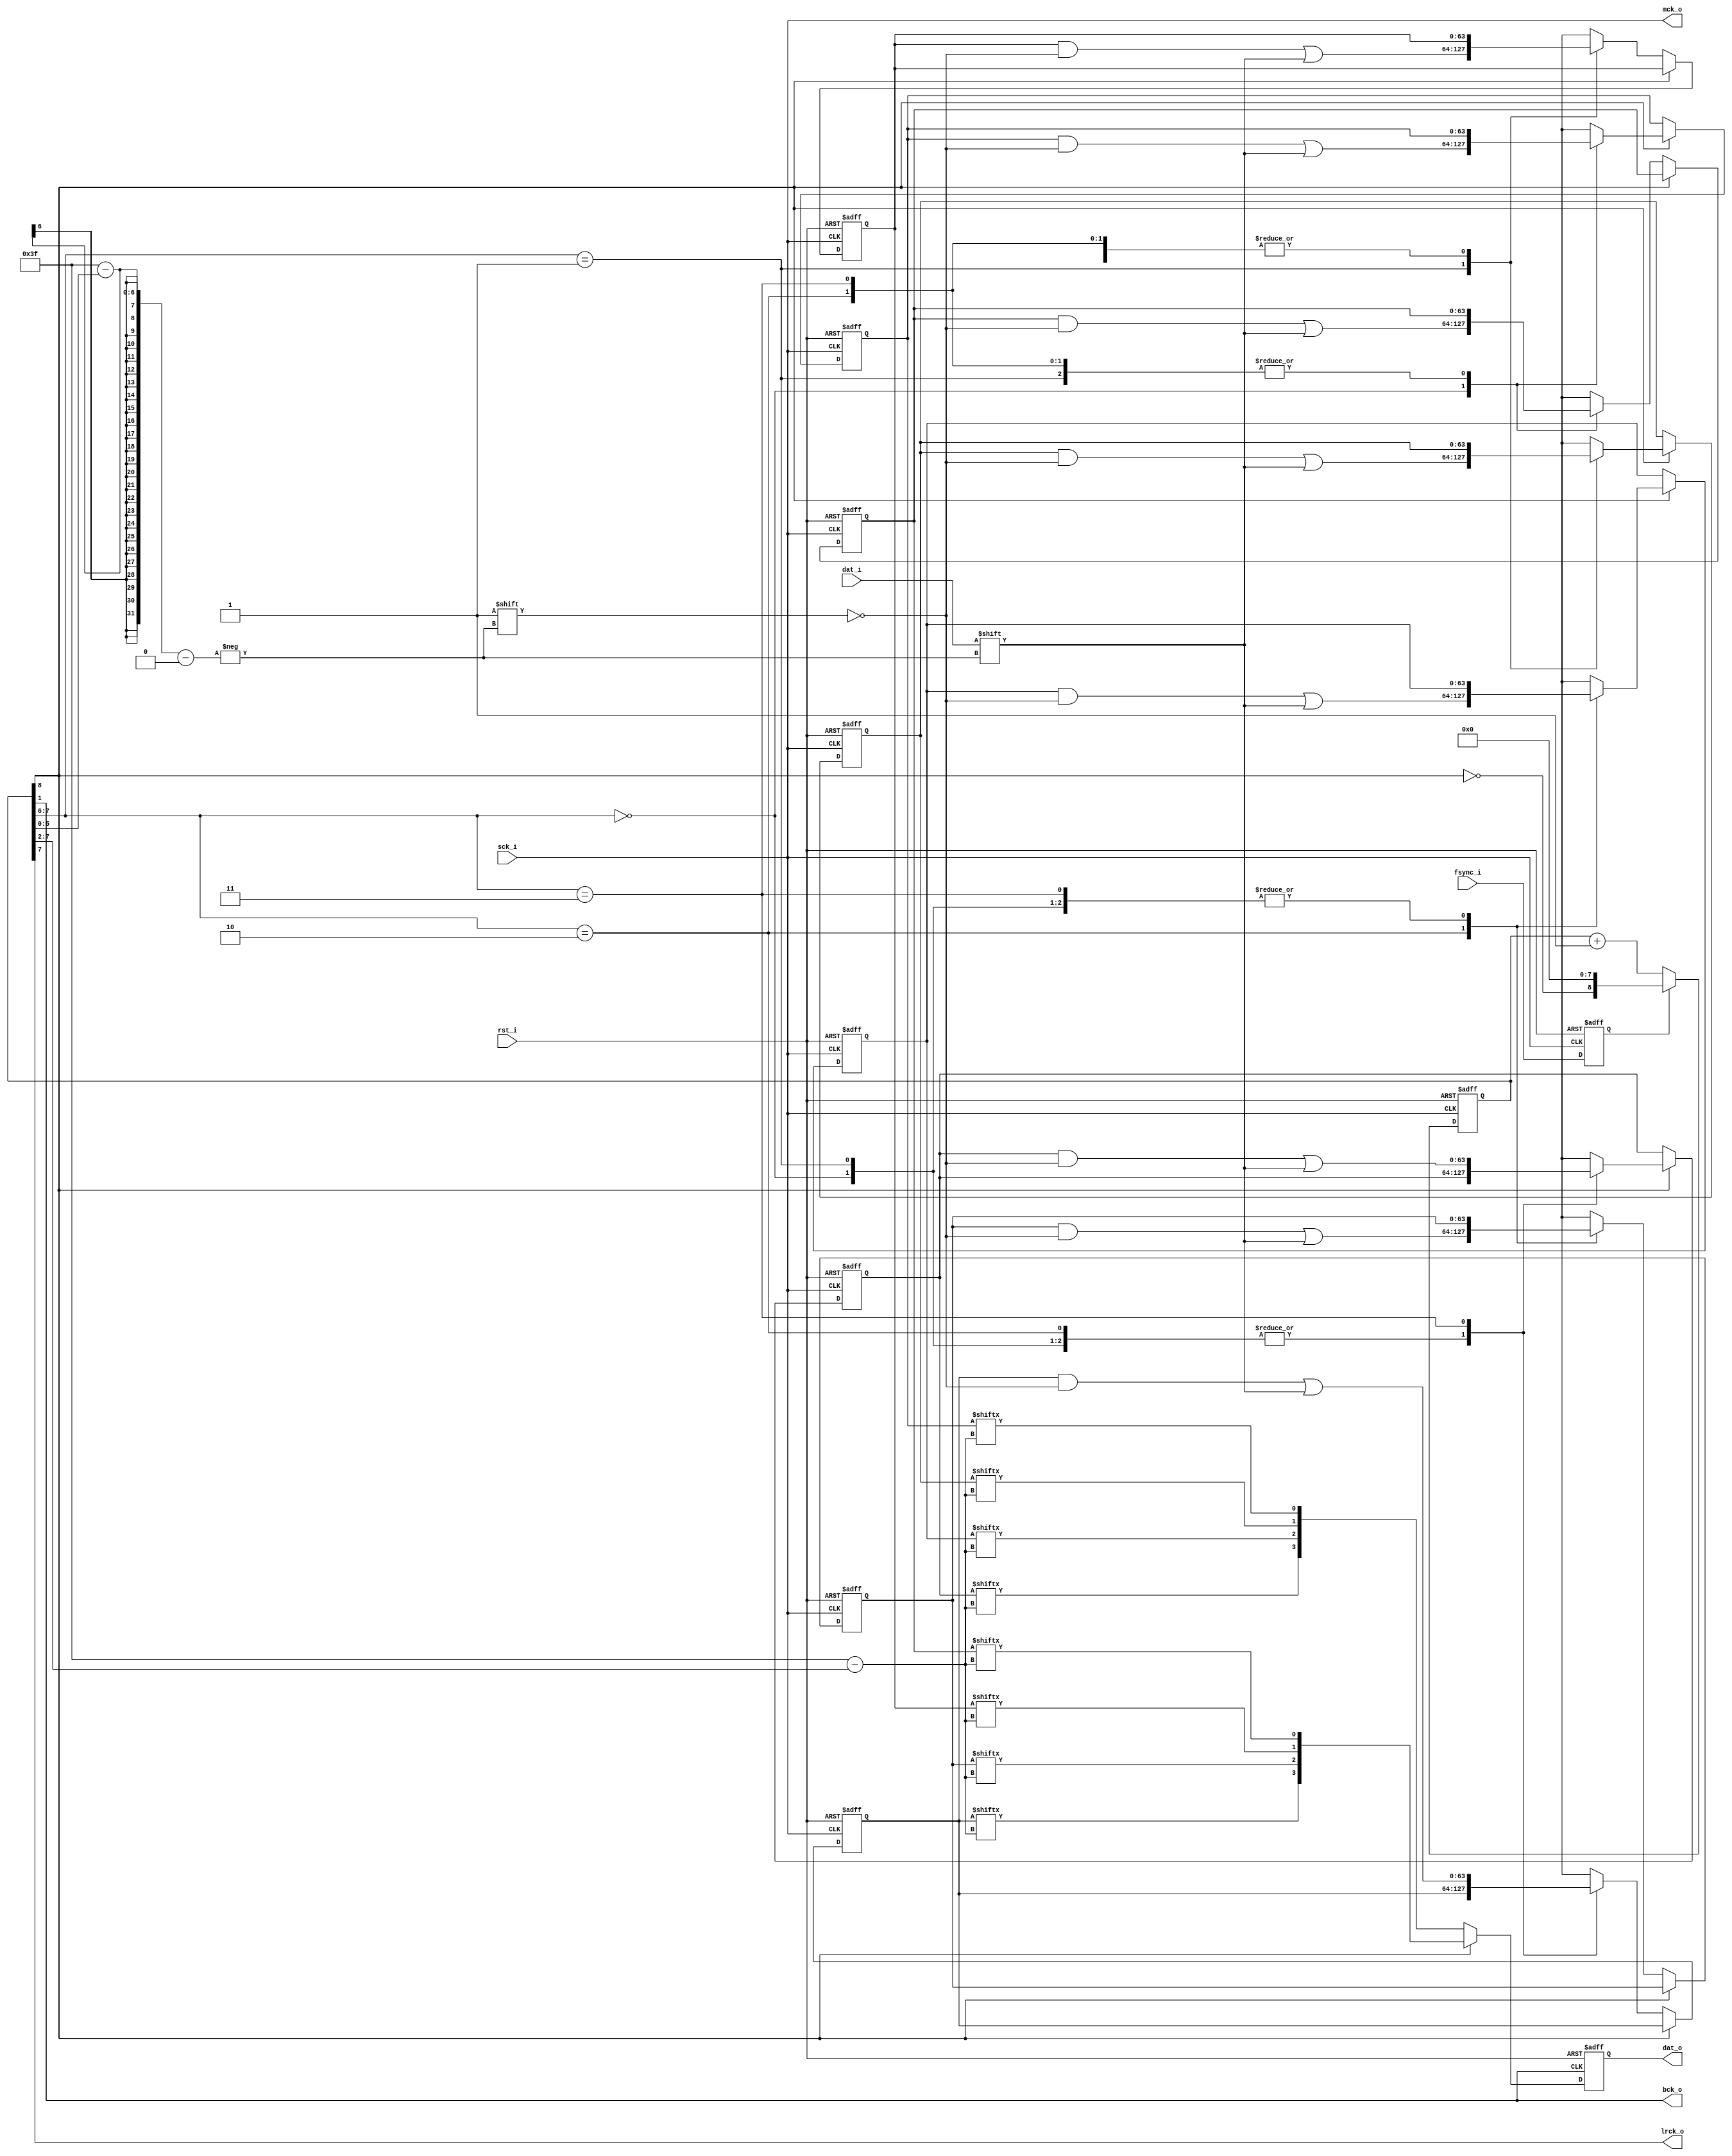
module tdm_to_i2s_converter(
	rst_i, 
	sck_i, 
	fsync_i, 
	dat_i, 
	mck_o, 
	bck_o, 
	lrck_o, 
	dat_o 
);

//
// Parameters
//

//
// I/O Ports
//
	input rst_i;
	input sck_i;
	input fsync_i;
	input dat_i;
	output mck_o;
	output bck_o;
	output lrck_o;
	output reg [3:0] dat_o;
	
//
// Wires, Registers
//
	assign rst = rst_i;
	
//
// Modules
//
	// Shifted Frame Sync
	reg s_fsync;
	
	always @ (posedge sck_i or posedge rst) begin
		if(rst) begin
			s_fsync <= 1'b0;
		end
		else begin
			s_fsync <= fsync_i;
		end
	end
	// Bit Counter
	reg [8:0] bit_cnt;
	always @ (negedge sck_i or posedge rst) begin
		if(rst) begin
			bit_cnt <= 9'b111111111;
		end
		else begin
			if(s_fsync) begin
				bit_cnt <= {~bit_cnt[8], 8'b0};
			end
			else begin
				bit_cnt <= bit_cnt + 1'b1;
			end
		end
	end
	// Input Data Assign
	reg [63:0] dat_0_a, dat_0_b;
	reg [63:0] dat_1_a, dat_1_b;
	reg [63:0] dat_2_a, dat_2_b;
	reg [63:0] dat_3_a, dat_3_b;
	always @ (posedge sck_i or posedge rst) begin
		if(rst) begin
			dat_0_a <= 64'b0;
			dat_1_a <= 64'b0;
			dat_2_a <= 64'b0;
			dat_3_a <= 64'b0;
			dat_0_b <= 64'b0;
			dat_1_b <= 64'b0;
			dat_2_b <= 64'b0;
			dat_3_b <= 64'b0;
		end
		else begin
			if(bit_cnt[8]) begin
				case(bit_cnt[7:6]) 
					2'b00: 
						begin
							dat_0_a[63-bit_cnt[5:0]] <= dat_i;
						end
					2'b01: 
						begin
							dat_1_a[63-bit_cnt[5:0]] <= dat_i;
						end
					2'b10: 
						begin
							dat_2_a[63-bit_cnt[5:0]] <= dat_i;
						end
					2'b11: 
						begin
							dat_3_a[63-bit_cnt[5:0]] <= dat_i;
						end
				endcase
			end
			else begin
				case(bit_cnt[7:6]) 
					2'b00: 
						begin
							dat_0_b[63-bit_cnt[5:0]] <= dat_i;
						end
					2'b01: 
						begin
							dat_1_b[63-bit_cnt[5:0]] <= dat_i;
						end
					2'b10: 
						begin
							dat_2_b[63-bit_cnt[5:0]] <= dat_i;
						end
					2'b11: 
						begin
							dat_3_b[63-bit_cnt[5:0]] <= dat_i;
						end
				endcase
			end
		end
	end
	
	// I2S Clock Generator
	assign mck_o = sck_i;
	assign bck_o = bit_cnt[1];
	assign lrck_o = bit_cnt[7];
	
	always @ (negedge bck_o or posedge rst) begin
		if(rst) begin
			dat_o <= 4'b0;
		end
		else begin
			if(bit_cnt[8]) begin
				dat_o <= {dat_3_b[63-bit_cnt[7:2]], dat_2_b[63-bit_cnt[7:2]], dat_1_b[63-bit_cnt[7:2]], dat_0_b[63-bit_cnt[7:2]]};
			end
			else begin
				dat_o <= {dat_3_a[63-bit_cnt[7:2]], dat_2_a[63-bit_cnt[7:2]], dat_1_a[63-bit_cnt[7:2]], dat_0_a[63-bit_cnt[7:2]]};
			end
		end
	end
	
endmodule